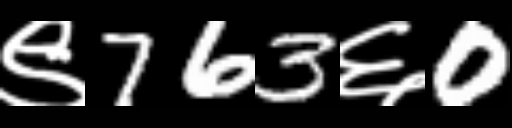
Text: ९763६0